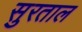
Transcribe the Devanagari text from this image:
सुरताल